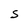
Character: S